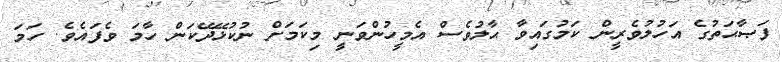
ފަޞާޙަތުގެ އަހުލުވެރީން ކަމުގައިވާ ޙާލުވެސް އެމީހުންވަނީ މިކަމަށް ނުކުޅޭދޭކަން ހާމަ ވެފައެވެ. ހަމަ